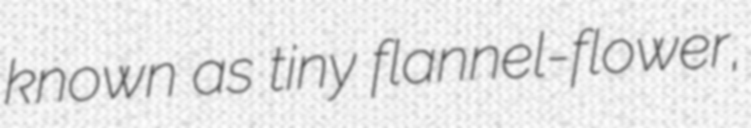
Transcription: known as tiny flannel-flower,